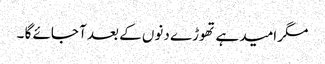
مگر امید ہے تھوڑے دنوں کے بعد آ جائے گا ۔